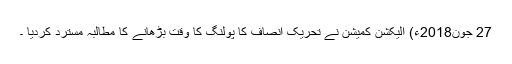
27 جون2018ء) الیکشن کمیشن نے تحریک انصاف کا پولنگ کا وقت بڑھانے کا مطالبہ مسترد کردیا ۔